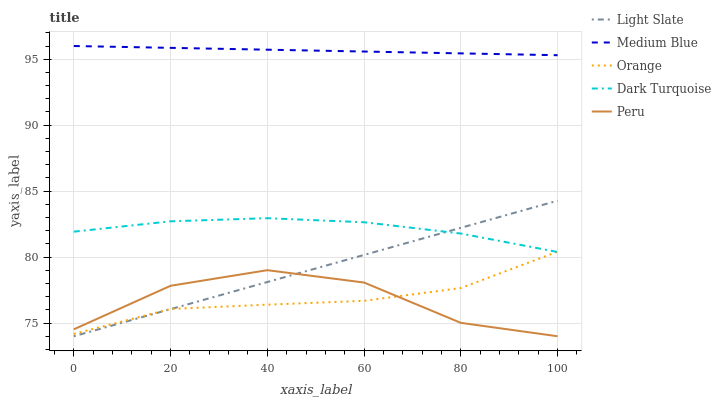
| xaxis_label | Light Slate | Medium Blue | Orange | Dark Turquoise | Peru |
 | --- | --- | --- | --- | --- | --- |
 | 0 | 74 | 96 | 74.2 | 81.9 | 74.5 |
 | 20 | 76.1 | 95.9 | 76.1 | 82.7 | 77.8 |
 | 40 | 78.1 | 95.7 | 76.4 | 82.9 | 79 |
 | 60 | 80.2 | 95.6 | 76.7 | 82.6 | 78.1 |
 | 80 | 82.2 | 95.4 | 77.7 | 81.8 | 75 |
 | 100 | 84.3 | 95.3 | 80.4 | 80.4 | 74 |